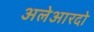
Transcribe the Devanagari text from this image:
अलेआरदो